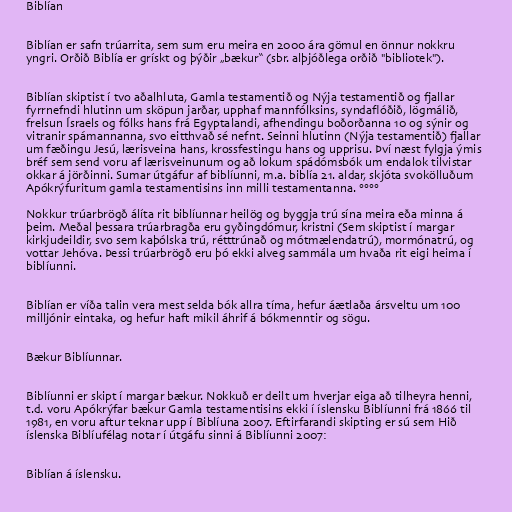
Biblían

Biblían er safn trúarrita, sem sum eru meira en 2000 ára gömul en önnur nokkru
yngri. Orðið Biblía er grískt og þýðir „bækur“ (sbr. alþjóðlega orðið "bibliotek").

Biblían skiptist í tvo aðalhluta, Gamla testamentið og Nýja testamentið og fjallar
fyrrnefndi hlutinn um sköpun jarðar, upphaf mannfólksins, syndaflóðið, lögmálið,
frelsun Ísraels og fólks hans frá Egyptalandi, afhendingu boðorðanna 10 og sýnir og
vitranir spámannanna, svo eitthvað sé nefnt. Seinni hlutinn (Nýja testamentið) fjallar
um fæðingu Jesú, lærisveina hans, krossfestingu hans og upprisu. Því næst fylgja ýmis
bréf sem send voru af lærisveinunum og að lokum spádómsbók um endalok tilvistar
okkar á jörðinni. Sumar útgáfur af biblíunni, m.a. biblía 21. aldar, skjóta svokölluðum
Apókrýfuritum gamla testamentisins inn milli testamentanna. °°°°

Nokkur trúarbrögð álíta rit biblíunnar heilög og byggja trú sína meira eða minna á
þeim. Meðal þessara trúarbragða eru gyðingdómur, kristni (Sem skiptist í margar
kirkjudeildir, svo sem kaþólska trú, rétttrúnað og mótmælendatrú), mormónatrú, og
vottar Jehóva. Þessi trúarbrögð eru þó ekki alveg sammála um hvaða rit eigi heima í
biblíunni.

Biblían er víða talin vera mest selda bók allra tíma, hefur áætlaða ársveltu um 100
milljónir eintaka, og hefur haft mikil áhrif á bókmenntir og sögu.

Bækur Biblíunnar.

Biblíunni er skipt í margar bækur. Nokkuð er deilt um hverjar eiga að tilheyra henni,
t.d. voru Apókrýfar bækur Gamla testamentisins ekki í íslensku Biblíunni frá 1866 til
1981, en voru aftur teknar upp í Biblíuna 2007. Eftirfarandi skipting er sú sem Hið
íslenska Biblíufélag notar í útgáfu sinni á Biblíunni 2007:

Biblían á íslensku.